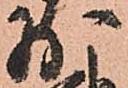
少